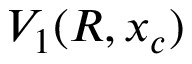
V _ { 1 } ( R , x _ { c } )